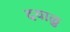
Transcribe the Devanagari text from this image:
दयाळु